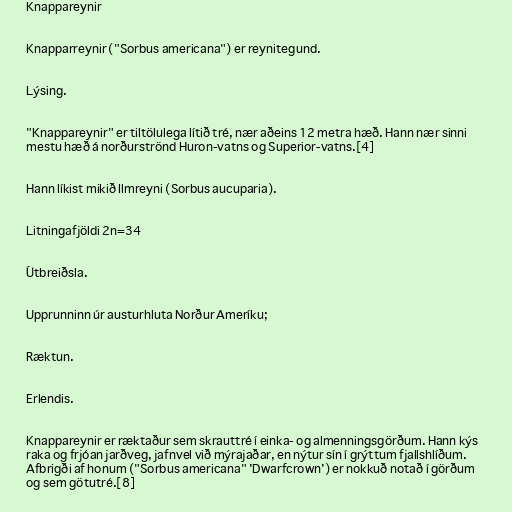
Knappareynir

Knapparreynir ("Sorbus americana") er reynitegund.

Lýsing.

"Knappareynir" er tiltölulega lítið tré, nær aðeins 12 metra hæð. Hann nær sinni
mestu hæð á norðurströnd Huron-vatns og Superior-vatns.[4]

Hann líkist mikið Ilmreyni (Sorbus aucuparia).

Litningafjöldi 2n=34

Útbreiðsla.

Upprunninn úr austurhluta Norður Ameríku;

Ræktun.

Erlendis.

Knappareynir er ræktaður sem skrauttré í einka- og almenningsgörðum. Hann kýs
raka og frjóan jarðveg, jafnvel við mýrajaðar, en nýtur sín í grýttum fjallshlíðum.
Afbrigði af honum ("Sorbus americana" 'Dwarfcrown') er nokkuð notað í görðum
og sem götutré.[8]